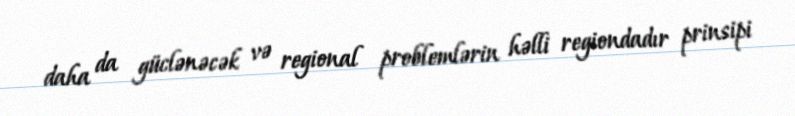
daha da güclənəcək və regional problemlərin həlli regiondadır prinsipi